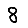
Digit: 8